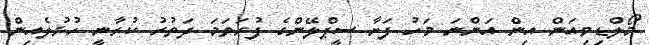
މޯލްޑިވިއަން އިން އަންނަ މަހު ފަށާ ސީޕްލޭންގެ ފުރަތަމަ ދަތުރު ކުރާނީ ހުޅުލެއިން